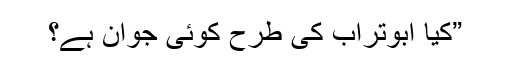
”کیا ابوتراب کی طرح کوئی جوان ہے؟